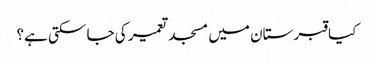
﻿ کیا قبرستان میں مسجد تعمیر کی جا سکتی ہے؟